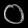
Digit: ၀